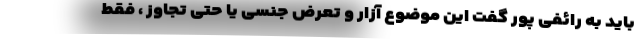
باید به رائفی پور گفت این موضوع آزار و تعرض جنسی یا حتی تجاوز ، فقط